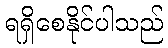
ရရှိစေနိုင်ပါသည်